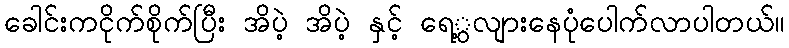
ခေါင်းကငိုက်စိုက်ပြီး အိပဲ့ အိပဲ့ နှင့် ရေွ့လျားနေပုံပေါက်လာပါတယ်။